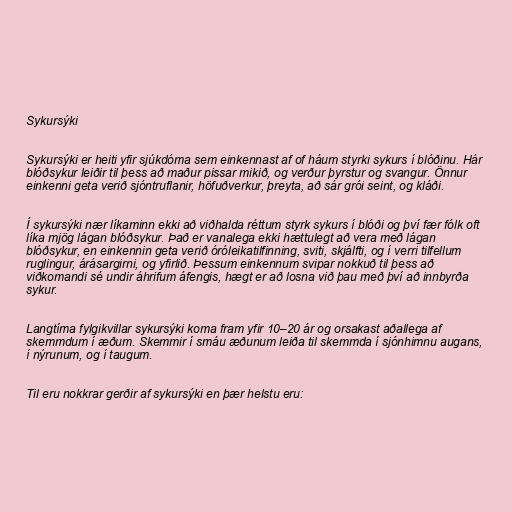
Sykursýki

Sykursýki er heiti yfir sjúkdóma sem einkennast af of háum styrki sykurs í blóðinu. Hár
blóðsykur leiðir til þess að maður pissar mikið, og verður þyrstur og svangur. Önnur
einkenni geta verið sjóntruflanir, höfuðverkur, þreyta, að sár grói seint, og kláði.

Í sykursýki nær líkaminn ekki að viðhalda réttum styrk sykurs í blóði og því fær fólk oft
líka mjög lágan blóðsykur. Það er vanalega ekki hættulegt að vera með lágan
blóðsykur, en einkennin geta verið óróleikatilfinning, sviti, skjálfti, og í verri tilfellum
ruglingur, árásargirni, og yfirlið. Þessum einkennum svipar nokkuð til þess að
viðkomandi sé undir áhrifum áfengis, hægt er að losna við þau með því að innbyrða
sykur.

Langtíma fylgikvillar sykursýki koma fram yfir 10–20 ár og orsakast aðallega af
skemmdum í æðum. Skemmir í smáu æðunum leiða til skemmda í sjónhimnu augans,
í nýrunum, og í taugum.

Til eru nokkrar gerðir af sykursýki en þær helstu eru: